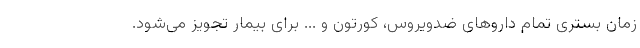
زمان بستری تمام داروهای ضدویروس، کورتون و ... برای بیمار تجویز می‌شود.